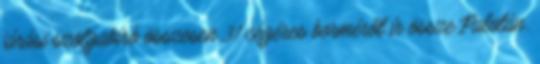
járási szolgabíró összesen 31 cégéres bormérőt ír össze Palotán.